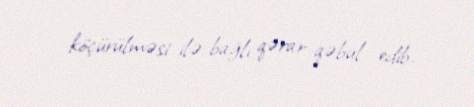
köçürülməsi ilə bağlı qərar qəbul edib.